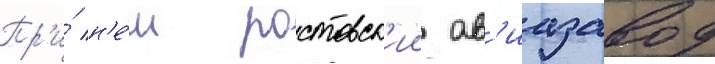
Пр'и́ н'е́м ростовск'ии ав'иазавод